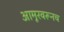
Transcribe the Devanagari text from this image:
आमूरवरूनच